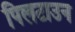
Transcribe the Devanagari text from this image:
पिलटाउन